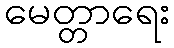
မေတ္တာရေး